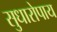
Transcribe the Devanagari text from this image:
सुधारोपाय